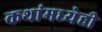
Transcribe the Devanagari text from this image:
कथांमध्येही